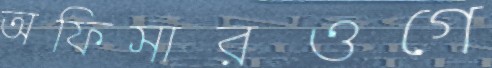
অফিসারওগে